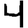
Digit: 4